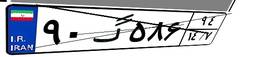
۹۰گ۵۸۶۹۴